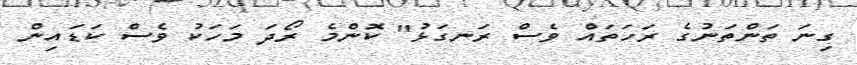
ގިނަ ތަންތަނުގެ ރަހަތައް ވެސް ރަނގަޅު" ކޮންމެ ރޯދަ މަހަކު ވެސް ކަޑައިން